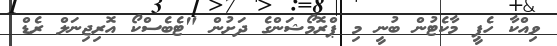
ވިއްކާ ހެޕީ މާކެޓުން ބުނީ މި ޕްރޮމޯޝަންގެ ދަށުން "ޓެބެސްކޯ އޮރިޖިނަލް ރެޑް